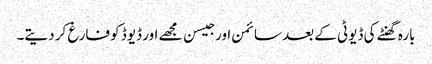
بارہ گھنٹے کی ڈیوٹی کے بعد سائمن اور جیسن مجھے اور ڈیوڈ کو فارغ کر دیتے۔